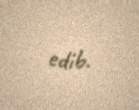
edib.